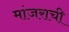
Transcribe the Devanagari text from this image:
मांजराची